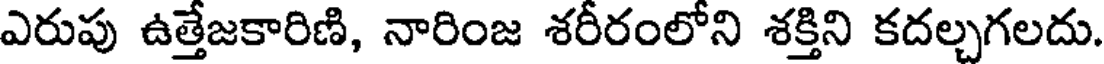
ఎరుపు ఉత్తేజకారిణి, నారింజ శరీరంలోని శక్తిని కదల్చగలదు.